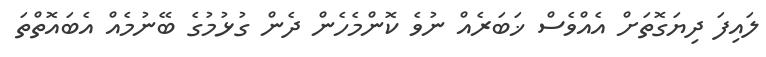
ލައިފަ ދިޔަގޮތަށް އެއްވެސް ޚަބަރެއް ނުވެ ކޮންމެހެން ދެން ގުޅުމުގެ ބޭނުމެއް އެބައޮތްތަ